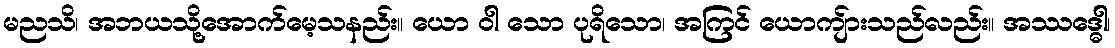
မညသိ၊ အဘယသို့အောက်မေ့သနည်း။ ယော ဝါ သော ပုရိသော၊ အကြင် ယောကျ်ားသည်လည်း။ အဿဒ္ဓေါ၊